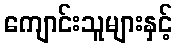
ကျောင်းသူများနှင့်